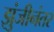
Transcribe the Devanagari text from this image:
झुंजीनंतर